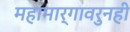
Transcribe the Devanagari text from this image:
महामार्गावरुनही